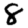
Digit: 8